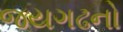
જયગઢનો